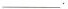
___.